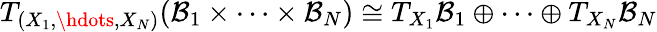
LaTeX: T_{(X_{1},\hdots,X_{N})}(\mathcal{B}_{1}\times\cdots\times\mathcal{B}_{N})\cong T_{X_{1}}\mathcal{B}_{1}\oplus\cdots\oplus T_{X_{N}}\mathcal{B}_{N}